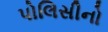
પોલિસીનો